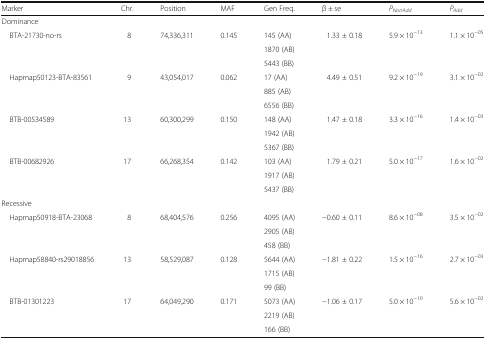
<table><thead><tr><td><b>Marker</b></td><td><b>Chr.</b></td><td><b>Position</b></td><td><b>MAF</b></td><td><b>Gen Freq.</b></td><td><b>β ± se</b></td><td><b><i>P</i><sub><i>NonAdd</i></sub></b></td><td><b><i>P</i><sub><i>Add</i></sub></b></td></tr></thead><tbody><tr><td colspan="8">Dominance</td></tr><tr><td rowspan="3"> BTA-21730-no-rs</td><td rowspan="3">8</td><td rowspan="3">74,336,311</td><td rowspan="3">0.145</td><td>145 (AA)</td><td rowspan="3">1.33 ± 0.18</td><td rowspan="3">5.9 × 10<sup>−13</sup></td><td rowspan="3">1.1 × 10<sup>−05</sup></td></tr><tr><td>1870 (AB)</td></tr><tr><td>5443 (BB)</td></tr><tr><td rowspan="3"> Hapmap50123-BTA-83561</td><td rowspan="3">9</td><td rowspan="3">43,054,017</td><td rowspan="3">0.062</td><td>17 (AA)</td><td rowspan="3">4.49 ± 0.51</td><td rowspan="3">9.2 × 10<sup>−19</sup></td><td rowspan="3">3.1 × 10<sup>−02</sup></td></tr><tr><td>885 (AB)</td></tr><tr><td>6556 (BB)</td></tr><tr><td rowspan="3"> BTB-00534589</td><td rowspan="3">13</td><td rowspan="3">60,300,299</td><td rowspan="3">0.150</td><td>148 (AA)</td><td rowspan="3">1.47 ± 0.18</td><td rowspan="3">3.3 × 10<sup>−16</sup></td><td rowspan="3">1.4 × 10<sup>−03</sup></td></tr><tr><td>1942 (AB)</td></tr><tr><td>5367 (BB)</td></tr><tr><td rowspan="3"> BTB-00682926</td><td rowspan="3">17</td><td rowspan="3">66,268,354</td><td rowspan="3">0.142</td><td>103 (AA)</td><td rowspan="3">1.79 ± 0.21</td><td rowspan="3">5.0 × 10<sup>−17</sup></td><td rowspan="3">1.6 × 10<sup>−02</sup></td></tr><tr><td>1917 (AB)</td></tr><tr><td>5437 (BB)</td></tr><tr><td colspan="8">Recessive</td></tr><tr><td rowspan="3"> Hapmap50918-BTA-23068</td><td rowspan="3">8</td><td rowspan="3">68,404,576</td><td rowspan="3">0.256</td><td>4095 (AA)</td><td rowspan="3">−0.60 ± 0.11</td><td rowspan="3">8.6 × 10<sup>−08</sup></td><td rowspan="3">3.5 × 10<sup>−02</sup></td></tr><tr><td>2905 (AB)</td></tr><tr><td>458 (BB)</td></tr><tr><td rowspan="3"> Hapmap58840-rs29018856</td><td rowspan="3">13</td><td rowspan="3">58,529,087</td><td rowspan="3">0.128</td><td>5644 (AA)</td><td rowspan="3">−1.81 ± 0.22</td><td rowspan="3">1.5 × 10<sup>−16</sup></td><td rowspan="3">2.7 × 10<sup>−03</sup></td></tr><tr><td>1715 (AB)</td></tr><tr><td>99 (BB)</td></tr><tr><td rowspan="3"> BTB-01301223</td><td rowspan="3">17</td><td rowspan="3">64,049,290</td><td rowspan="3">0.171</td><td>5073 (AA)</td><td rowspan="3">−1.06 ± 0.17</td><td rowspan="3">5.0 × 10<sup>−10</sup></td><td rowspan="3">5.6 × 10<sup>−02</sup></td></tr><tr><td>2219 (AB)</td></tr><tr><td>166 (BB)</td></tr></tbody></table>